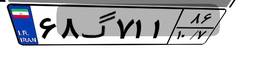
۸۹گ۸۸۰۰۱